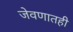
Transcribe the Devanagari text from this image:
जेवणातही